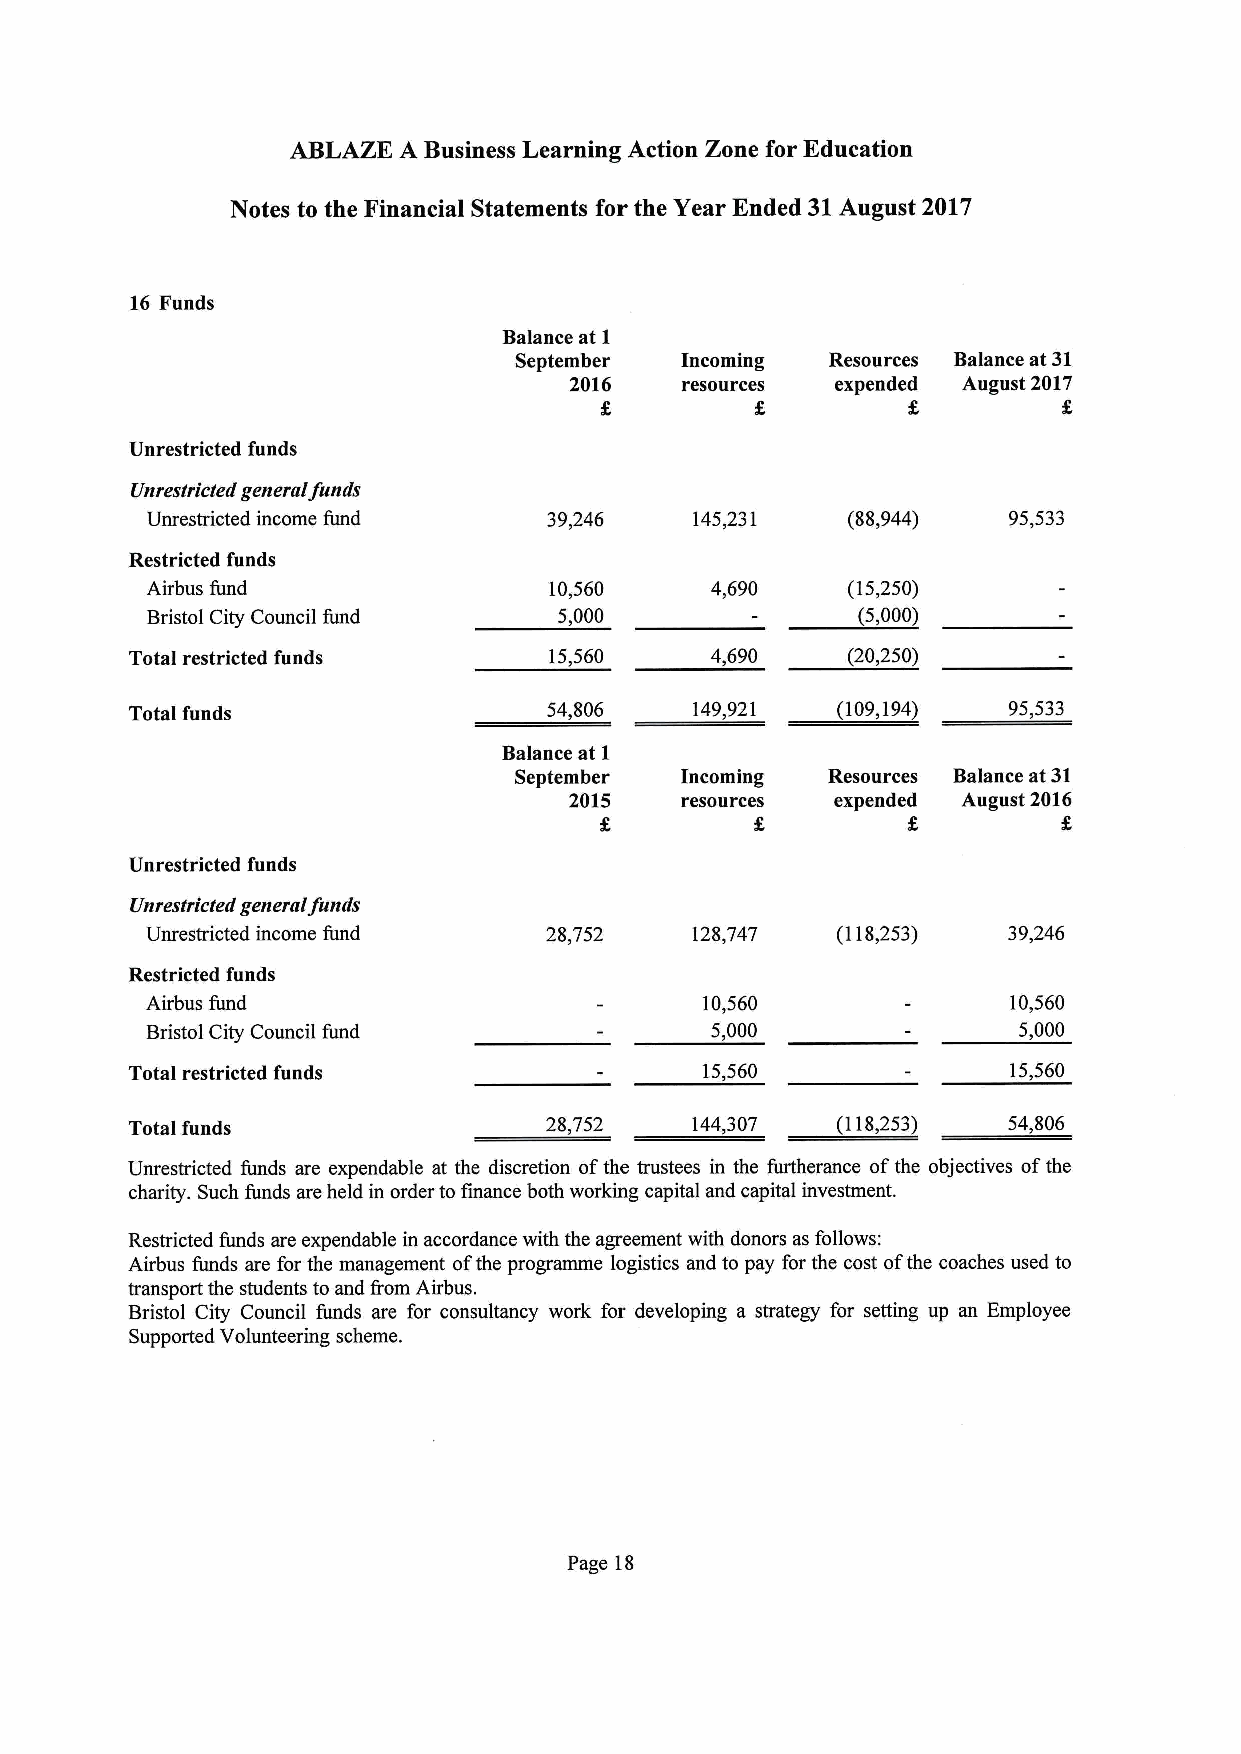
ABLAZE A Business Learning Action Zone for Education
 Notes to the Financial Statements for the Year Ended 31August 2017
 16 Funds
 Balance at 1
 September  Incoming  Resources Balance at 31
 2016   resources expended August 2017
 Unrestricted funds
 Unrestricted general funds
 Unrestricted income fund  39,246    145,231   (88,944)   95,533
 Restricted funds
 Airbus fund               10,560     4,690    (15,250)
 Bristol City Council fund  5,000               (5,000)
 Total restricted funds     15,560     4,690    (20,250)
 Total funds                54,806    149,921  (109,194)   95,533
 Balance at 1
 September  Incoming  Resources Balance at31
 2015   resources expended August 2016
 Unrestricted funds
 Unrestricted general funds
 Unrestricted income fund  28,752    128,747  (118,253)   39,246
 Restricted funds
 Airbus fund                         10,560               10,560
 Bristol City Council fund            5,000               5,000
 Total restricted funds               15,560               15,560
 Total funds                28,752    144,307  (118,253)   54,806
 Unrestricted funds are expendable at the discretion ofthe trustees in the furtherance ofthe objectives ofthe
 charity. Such funds are held in order to finance both working capital and capital investment.
 Restricted funds are expendable in accordance with the agreement with donors as follows:
 Airbus funds are for the management ofthe programme logistics and to pay for the cost ofthe coaches used to
 transport the students to and fiom Airbus.
 Bristol City Council funds are for consultancy work for developing a strategy for setting up an Employee
 Supported Volunteering scheme.
 Page 18